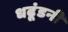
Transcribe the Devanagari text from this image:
धढूंडनी